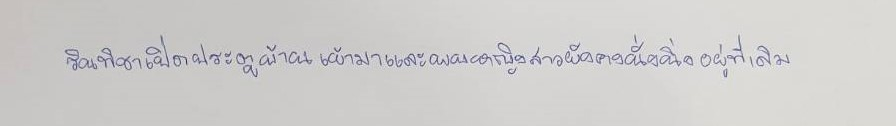
รินทิชาเปิดประตูบ้านเข้ามาและพบหญิงสาวยังคงนั่งนิ่งอยู่ที่เดิม